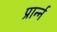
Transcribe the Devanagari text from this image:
प्रार्न्न